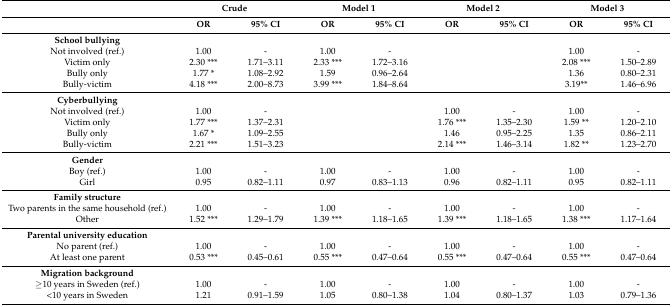
<table><thead><tr><td></td><td colspan="2"><b>Crude</b></td><td colspan="2"><b>Model 1</b></td><td colspan="2"><b>Model 2</b></td><td colspan="2"><b>Model 3</b></td></tr><tr><td></td><td><b>OR</b></td><td><b>95% CI</b></td><td><b>OR</b></td><td><b>95% CI</b></td><td><b>OR</b></td><td><b>95% CI</b></td><td><b>OR</b></td><td><b>95% CI</b></td></tr></thead><tbody><tr><td><b>School bullying</b></td><td></td><td></td><td></td><td></td><td></td><td></td><td></td><td></td></tr><tr><td>Not involved (ref.)</td><td>1.00</td><td>-</td><td>1.00</td><td>-</td><td></td><td></td><td>1.00</td><td>-</td></tr><tr><td>Victim only</td><td>2.30 ***</td><td>1.71–3.11</td><td>2.33 ***</td><td>1.72–3.16</td><td></td><td></td><td>2.08 ***</td><td>1.50–2.89</td></tr><tr><td>Bully only</td><td>1.77 *</td><td>1.08–2.92</td><td>1.59</td><td>0.96–2.64</td><td></td><td></td><td>1.36</td><td>0.80–2.31</td></tr><tr><td>Bully-victim</td><td>4.18 ***</td><td>2.00–8.73</td><td>3.99 ***</td><td>1.84–8.64</td><td></td><td></td><td>3.19**</td><td>1.46–6.96</td></tr><tr><td><b>Cyberbullying</b></td><td></td><td></td><td></td><td></td><td></td><td></td><td></td><td></td></tr><tr><td>Not involved (ref.)</td><td>1.00</td><td>-</td><td></td><td></td><td>1.00</td><td>-</td><td>1.00</td><td>-</td></tr><tr><td>Victim only</td><td>1.77 ***</td><td>1.37–2.31</td><td></td><td></td><td>1.76 ***</td><td>1.35–2.30</td><td>1.59 **</td><td>1.20–2.10</td></tr><tr><td>Bully only</td><td>1.67 *</td><td>1.09–2.55</td><td></td><td></td><td>1.46</td><td>0.95–2.25</td><td>1.35</td><td>0.86–2.11</td></tr><tr><td>Bully-victim</td><td>2.21 ***</td><td>1.51–3.23</td><td></td><td></td><td>2.14 ***</td><td>1.46–3.14</td><td>1.82 **</td><td>1.23–2.70</td></tr><tr><td><b>Gender</b></td><td></td><td></td><td></td><td></td><td></td><td></td><td></td><td></td></tr><tr><td>Boy (ref.)</td><td>1.00</td><td>-</td><td>1.00</td><td>-</td><td>1.00</td><td>-</td><td>1.00</td><td>-</td></tr><tr><td>Girl</td><td>0.95</td><td>0.82–1.11</td><td>0.97</td><td>0.83–1.13</td><td>0.96</td><td>0.82–1.11</td><td>0.95</td><td>0.82–1.11</td></tr><tr><td><b>Family structure</b></td><td></td><td></td><td></td><td></td><td></td><td></td><td></td><td></td></tr><tr><td>Two parents in the same household (ref.)</td><td>1.00</td><td>-</td><td>1.00</td><td>-</td><td>1.00</td><td>-</td><td>1.00</td><td>-</td></tr><tr><td>Other</td><td>1.52 ***</td><td>1.29–1.79</td><td>1.39 ***</td><td>1.18–1.65</td><td>1.39 ***</td><td>1.18–1.65</td><td>1.38 ***</td><td>1.17–1.64</td></tr><tr><td><b>Parental university education</b></td><td></td><td></td><td></td><td></td><td></td><td></td><td></td><td></td></tr><tr><td>No parent (ref.)</td><td>1.00</td><td>-</td><td>1.00</td><td>-</td><td>1.00</td><td>-</td><td>1.00</td><td>-</td></tr><tr><td>At least one parent</td><td>0.53 ***</td><td>0.45–0.61</td><td>0.55 ***</td><td>0.47–0.64</td><td>0.55 ***</td><td>0.47–0.64</td><td>0.55 ***</td><td>0.47–0.64</td></tr><tr><td><b>Migration background</b></td><td></td><td></td><td></td><td></td><td></td><td></td><td></td><td></td></tr><tr><td>≥10 years in Sweden (ref.)</td><td>1.00</td><td>-</td><td>1.00</td><td>-</td><td>1.00</td><td>-</td><td>1.00</td><td>-</td></tr><tr><td>&lt;10 years in Sweden</td><td>1.21</td><td>0.91–1.59</td><td>1.05</td><td>0.80–1.38</td><td>1.04</td><td>0.80–1.37</td><td>1.03</td><td>0.79–1.36</td></tr></tbody></table>